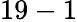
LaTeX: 19-1